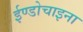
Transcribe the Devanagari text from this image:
ईण्डोचाइना